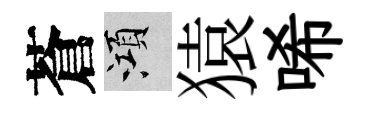
蒼澒猿唏